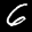
Label: 6